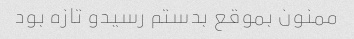
ممنون بموقع بدستم رسیدو تازه بود